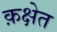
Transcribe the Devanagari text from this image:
क़क्षेत